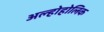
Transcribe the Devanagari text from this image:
अल्होहोलिक